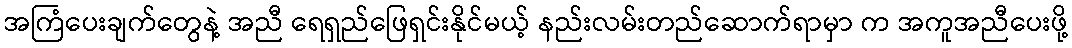
အကြံပေးချက်တွေနဲ့ အညီ ရေရှည်ဖြေရှင်းနိုင်မယ့် နည်းလမ်းတည်ဆောက်ရာမှာ က အကူအညီပေးဖို့